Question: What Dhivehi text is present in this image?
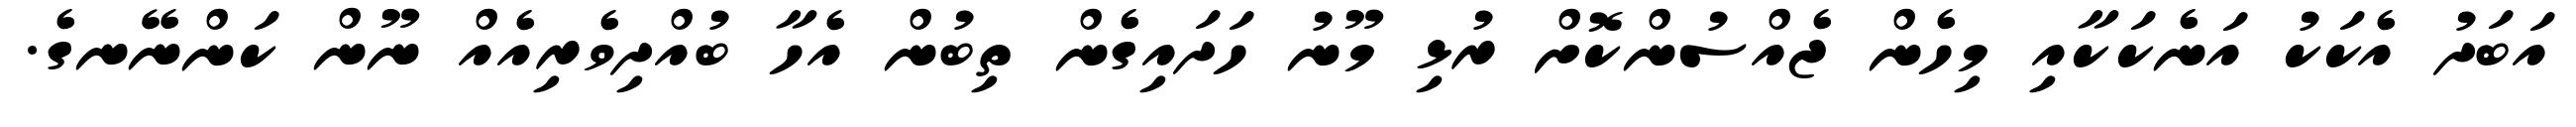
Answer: އަބަދު އެކަކު އަނެކަކާއި މިހެން ޖެއްސުންކޮށް ރުޅި މޫނު ހަދައިގެން ތިބުން އެހާ ބުއްދިވެރިއެއް ނޫން ކަންނޭނގެ.